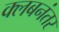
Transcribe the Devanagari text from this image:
क्लबनंतर